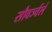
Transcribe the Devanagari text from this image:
सौवर्ञ्चलं